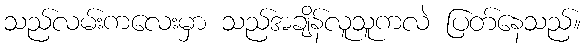
သည်လမ်းကလေးမှာ သည်အချိန်လူသူကလဲ ပြတ်နေသည်။